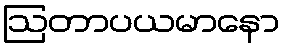
ဩတာပယမာနော